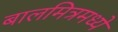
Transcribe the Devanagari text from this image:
बालमित्रमध्ये